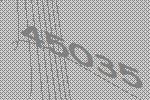
45035